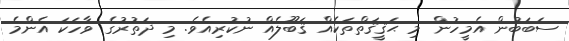
ސަބަބުން އެމީހުން މި ޙަޤީޤަތްތަކެއް ޤަބޫލެއް ނުކުރިއެވެ. މި ދަތުރުގެ ވާހަކަ އެންމެ